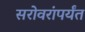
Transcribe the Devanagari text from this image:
सरोवरांपर्यंत